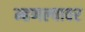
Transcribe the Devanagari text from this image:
म्हणल्यावर